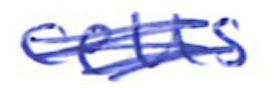
Text: cells
Cross-out: scratch
Writing tool: ballpoint